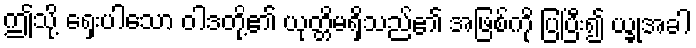
ဤသို့ ရှေးပါသော ဝါဒတို့၏ ယုတ္တိမရှိသည်၏ အဖြစ်ကို ပြပြီး၍ ယ္ခုအခါ